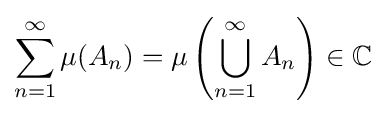
\sum _{n=1}^{\infty }\mu (A_{n})=\mu \left(\bigcup _{n=1}^{\infty }A_{n}\right)\in \mathbb {C}